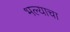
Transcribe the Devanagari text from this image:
भल्याचा